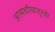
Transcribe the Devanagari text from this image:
आत्मचरित्रातूनही